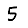
Digit: 5